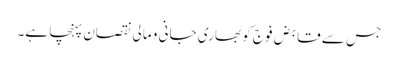
جس سے قابض فوج کو بھاری جانی و مالی نقصان پہنچا ہے۔